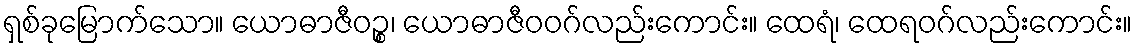
ရှစ်ခုမြောက်သော။ ယောဓာဇီဝဉ္စ၊ ယောဓာဇီဝဝဂ်လည်းကောင်း။ ထေရံ၊ ထေရဝဂ်လည်းကောင်း။